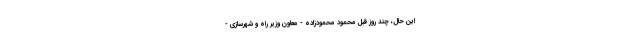
این حال، چند روز قبل محمود محمودزاده - معاون وزیر راه و شهرسازی -